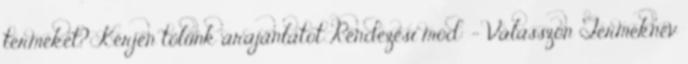
terméket? Kérjen tőlünk árajánlatot Rendezési mód: - Válasszon Terméknév